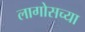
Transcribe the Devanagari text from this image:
लागोसच्या